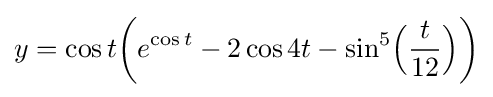
y=\cos t\!\left(e^{\cos t}-2\cos 4t-\sin ^{5}\!{\Big (}{t \over 12}{\Big )}\right)